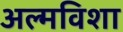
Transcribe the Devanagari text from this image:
अल्मविशा